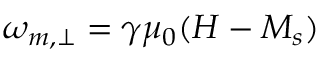
\omega _ { m , \perp } = \gamma \mu _ { 0 } ( H - M _ { s } )